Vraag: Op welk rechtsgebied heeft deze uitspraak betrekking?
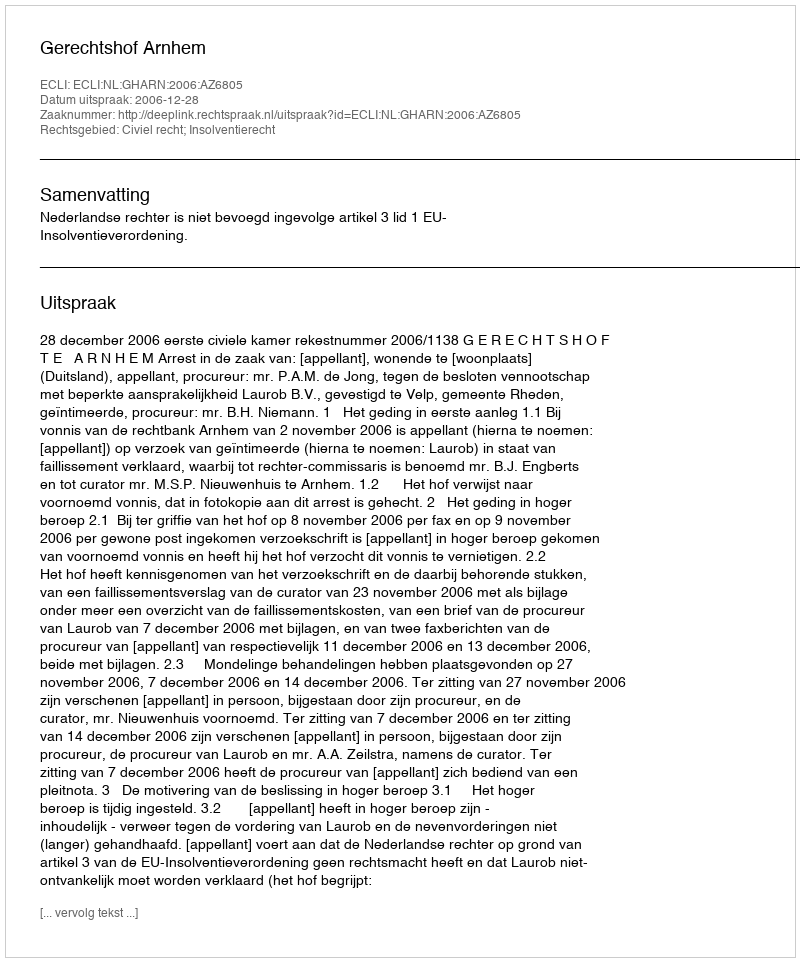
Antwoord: Civiel recht; Insolventierecht